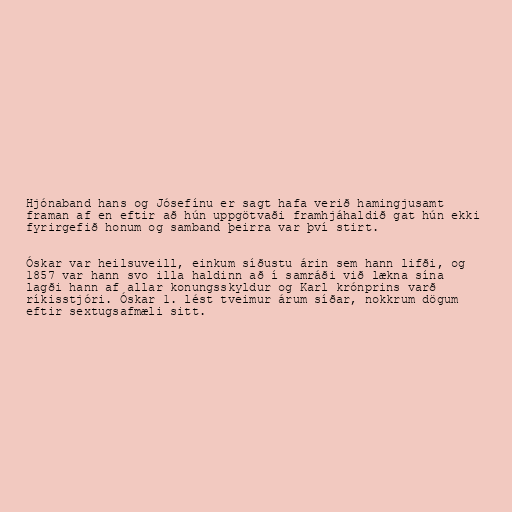
Hjónaband hans og Jósefínu er sagt hafa verið hamingjusamt
framan af en eftir að hún uppgötvaði framhjáhaldið gat hún ekki
fyrirgefið honum og samband þeirra var því stirt.

Óskar var heilsuveill, einkum síðustu árin sem hann lifði, og
1857 var hann svo illa haldinn að í samráði við lækna sína
lagði hann af allar konungsskyldur og Karl krónprins varð
ríkisstjóri. Óskar 1. lést tveimur árum síðar, nokkrum dögum
eftir sextugsafmæli sitt.